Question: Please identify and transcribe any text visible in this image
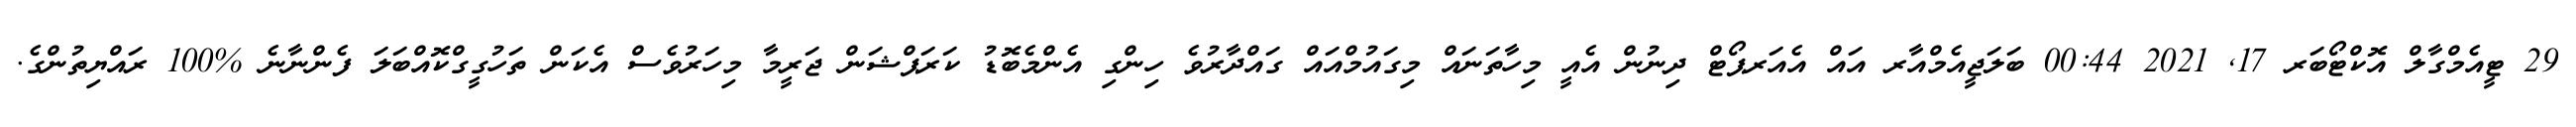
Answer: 29 ޓީއެމްގާލް އޮކްޓޯބަރ 17, 2021 00:44 ބަލަޖީއެމްއާރ އައް އެއަރޕޯޓް ދިނުން އެއީ މިހާތަނައް މިގައުމްއައް ގައްދާރުވެ ހިންގި އެންމެބޮޑު ކަރަޕްޝަން ޖަރީމާ މިހަރުވެސް އެކަން ތަހުގީގްކޮއްބަލަ ފެންނާނެ %100 ރައްޔިތުންގެ.